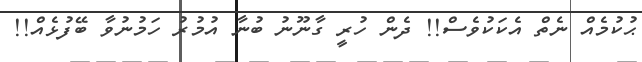
ޙުކުމެއް ނެތް އެކަކުވެސް!! ދެން ހުރީ ގާނޫނު ބުނާ އުމުރު ހަމުނުވާ ބޭފުޅެއް!!